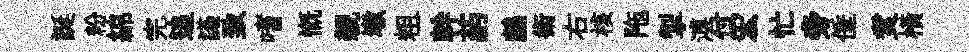
誕粉綿完追讌致嗜慨親墩粗幹葯鸕術右核陁掣溥付宏忙旁倕煑横